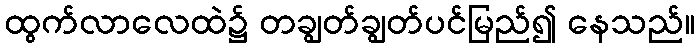
ထွက်လာလေထဲ၌ တချွတ်ချွတ်ပင်မြည်၍ နေသည်။